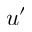
u ^ { \prime }